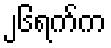
၂၆ရက်က